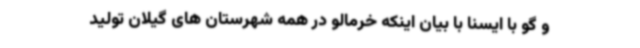
و گو با ایسنا با بیان اینکه خرمالو در همه شهرستان های گیلان تولید